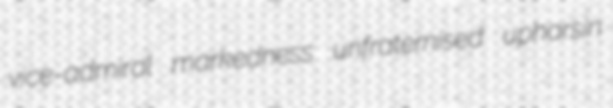
vice-admiral markedness unfraternised upharsin